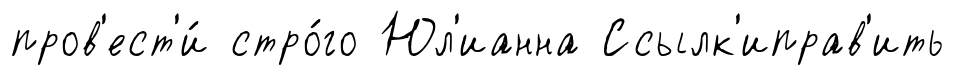
пров'ест'и́ стро́го Юл'ианна Ссылк'иправ'ить